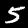
Label: 5